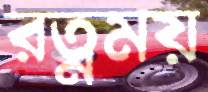
রত্নময়